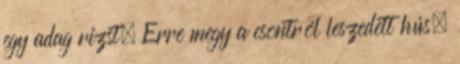
egy adag rizst. Erre megy a csontról leszedett hús,